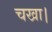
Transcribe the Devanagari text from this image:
चखा।